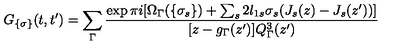
G _ { \{ \sigma \} } ( t , t ^ { \prime } ) = \sum _ { \Gamma } \frac { \exp \pi i [ \Omega _ { \Gamma } ( \{ \sigma _ { s } \} ) + \sum _ { s } 2 l _ { 1 s } \sigma _ { s } ( J _ { s } ( z ) - J _ { s } ( z ^ { \prime } ) ) ] } { [ z - g _ { \Gamma } ( z ^ { \prime } ) ] Q _ { \Gamma } ^ { 3 } ( z ^ { \prime } ) }